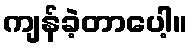
ကျန်ခဲ့တာပေါ့။